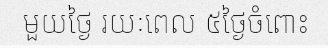
មួយថ្ងៃ រយៈពេល ៥ថ្ងៃចំពោះ